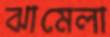
ঝামেলা